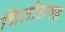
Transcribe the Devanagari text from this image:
चितोडगड